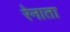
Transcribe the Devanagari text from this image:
रेनाता